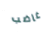
غاضب